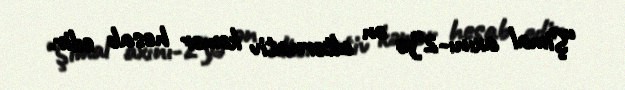
“Şimal axını-2”yə ən alternativ kəmər hesab edir.